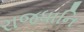
રાજધાનિ